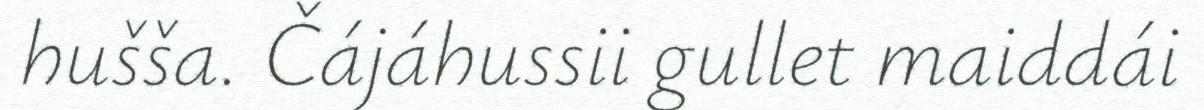
hušša. Čájáhussii gullet maiddái